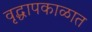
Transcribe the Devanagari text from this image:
वृद्धापकाळात